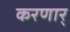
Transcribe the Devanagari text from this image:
करणार्